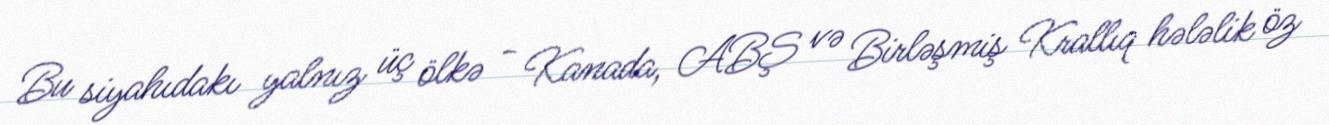
Bu siyahıdakı yalnız üç ölkə - Kanada, ABŞ və Birləşmiş Krallıq hələlik öz